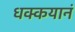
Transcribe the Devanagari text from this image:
धक्कयानं